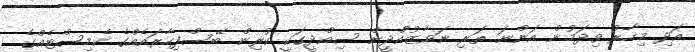
އަދި މިހާރު ވިދަމުން އަންނަ ތަރި ނަވާޒުއްދީން ސިއްދީގަކީ ކުރިން ބޭސްފިހާރައެއްގެ ކެމިސްޓެއްގެ